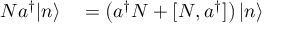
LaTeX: \begin{array} { r l } { N a ^ { \dagger } | n \rangle } & { { } = \left( a ^ { \dagger } N + [ N , a ^ { \dagger } ] \right) | n \rangle } \end{array}